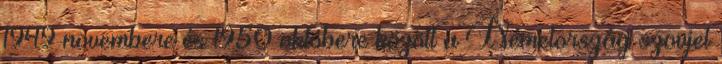
1949 novembere és 1950 októbere között a Németország szovjet